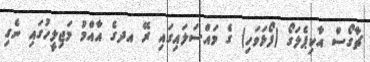
ޗާގޯސް އާކިޕެލަގޯ (ފޯޅަވަހި) ގެ މައްސަލައިގައި ރޭ އދގެ އާއްމު މަޖިލީހުގައި ނެގި